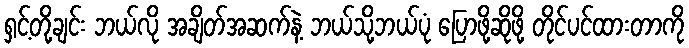
ရှင့်တို့ချင်း ဘယ်လို အချိတ်အဆက်နဲ့ ဘယ်သို့ဘယ်ပုံ ပြောဖို့ဆိုဖို့ တိုင်ပင်ထားတာကို